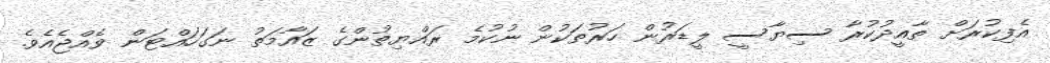
އެފިކުރަށް ތާއީދުކުރާ ސިޔާސީ ލީޑަރުން ހަރުތަކުން ނުކުމެ ރައްޔިތުންގެ ޒައާމަތު ނަގަހައްޓަން ވެއްޖެއެވެ.